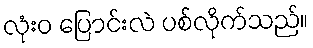
လုံးဝ ပြောင်းလဲ ပစ်လိုက်သည်။